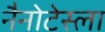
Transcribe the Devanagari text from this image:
नैनोटेस्ला